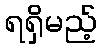
ရရှိမည့်